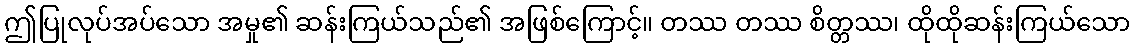
ဤပြုလုပ်အပ်သော အမှု၏ ဆန်းကြယ်သည်၏ အဖြစ်ကြောင့်။ တဿ တဿ စိတ္တဿ၊ ထိုထိုဆန်းကြယ်သော